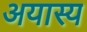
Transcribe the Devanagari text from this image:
अयास्य